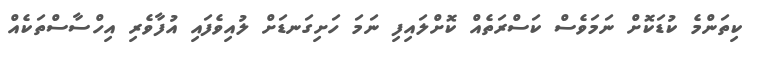
ކިތަންމެ ކުޑަކޮށް ނަމަވެސް ކަސްރަތެއް ކޮށްލައިފި ނަމަ ހަށިގަނޑަށް ލުއިވެފައި އުފާވެރި އިހްސާސްތަކެއް